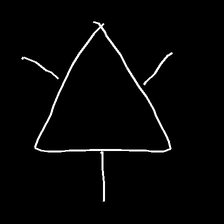
Glyph: fire